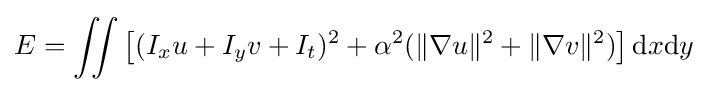
E=\iint \left[(I_{x}u+I_{y}v+I_{t})^{2}+\alpha ^{2}(\lVert \nabla u\rVert ^{2}+\lVert \nabla v\rVert ^{2})\right]{{\rm {d}}x{\rm {d}}y}